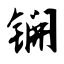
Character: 锎